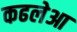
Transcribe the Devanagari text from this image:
कढलेआ